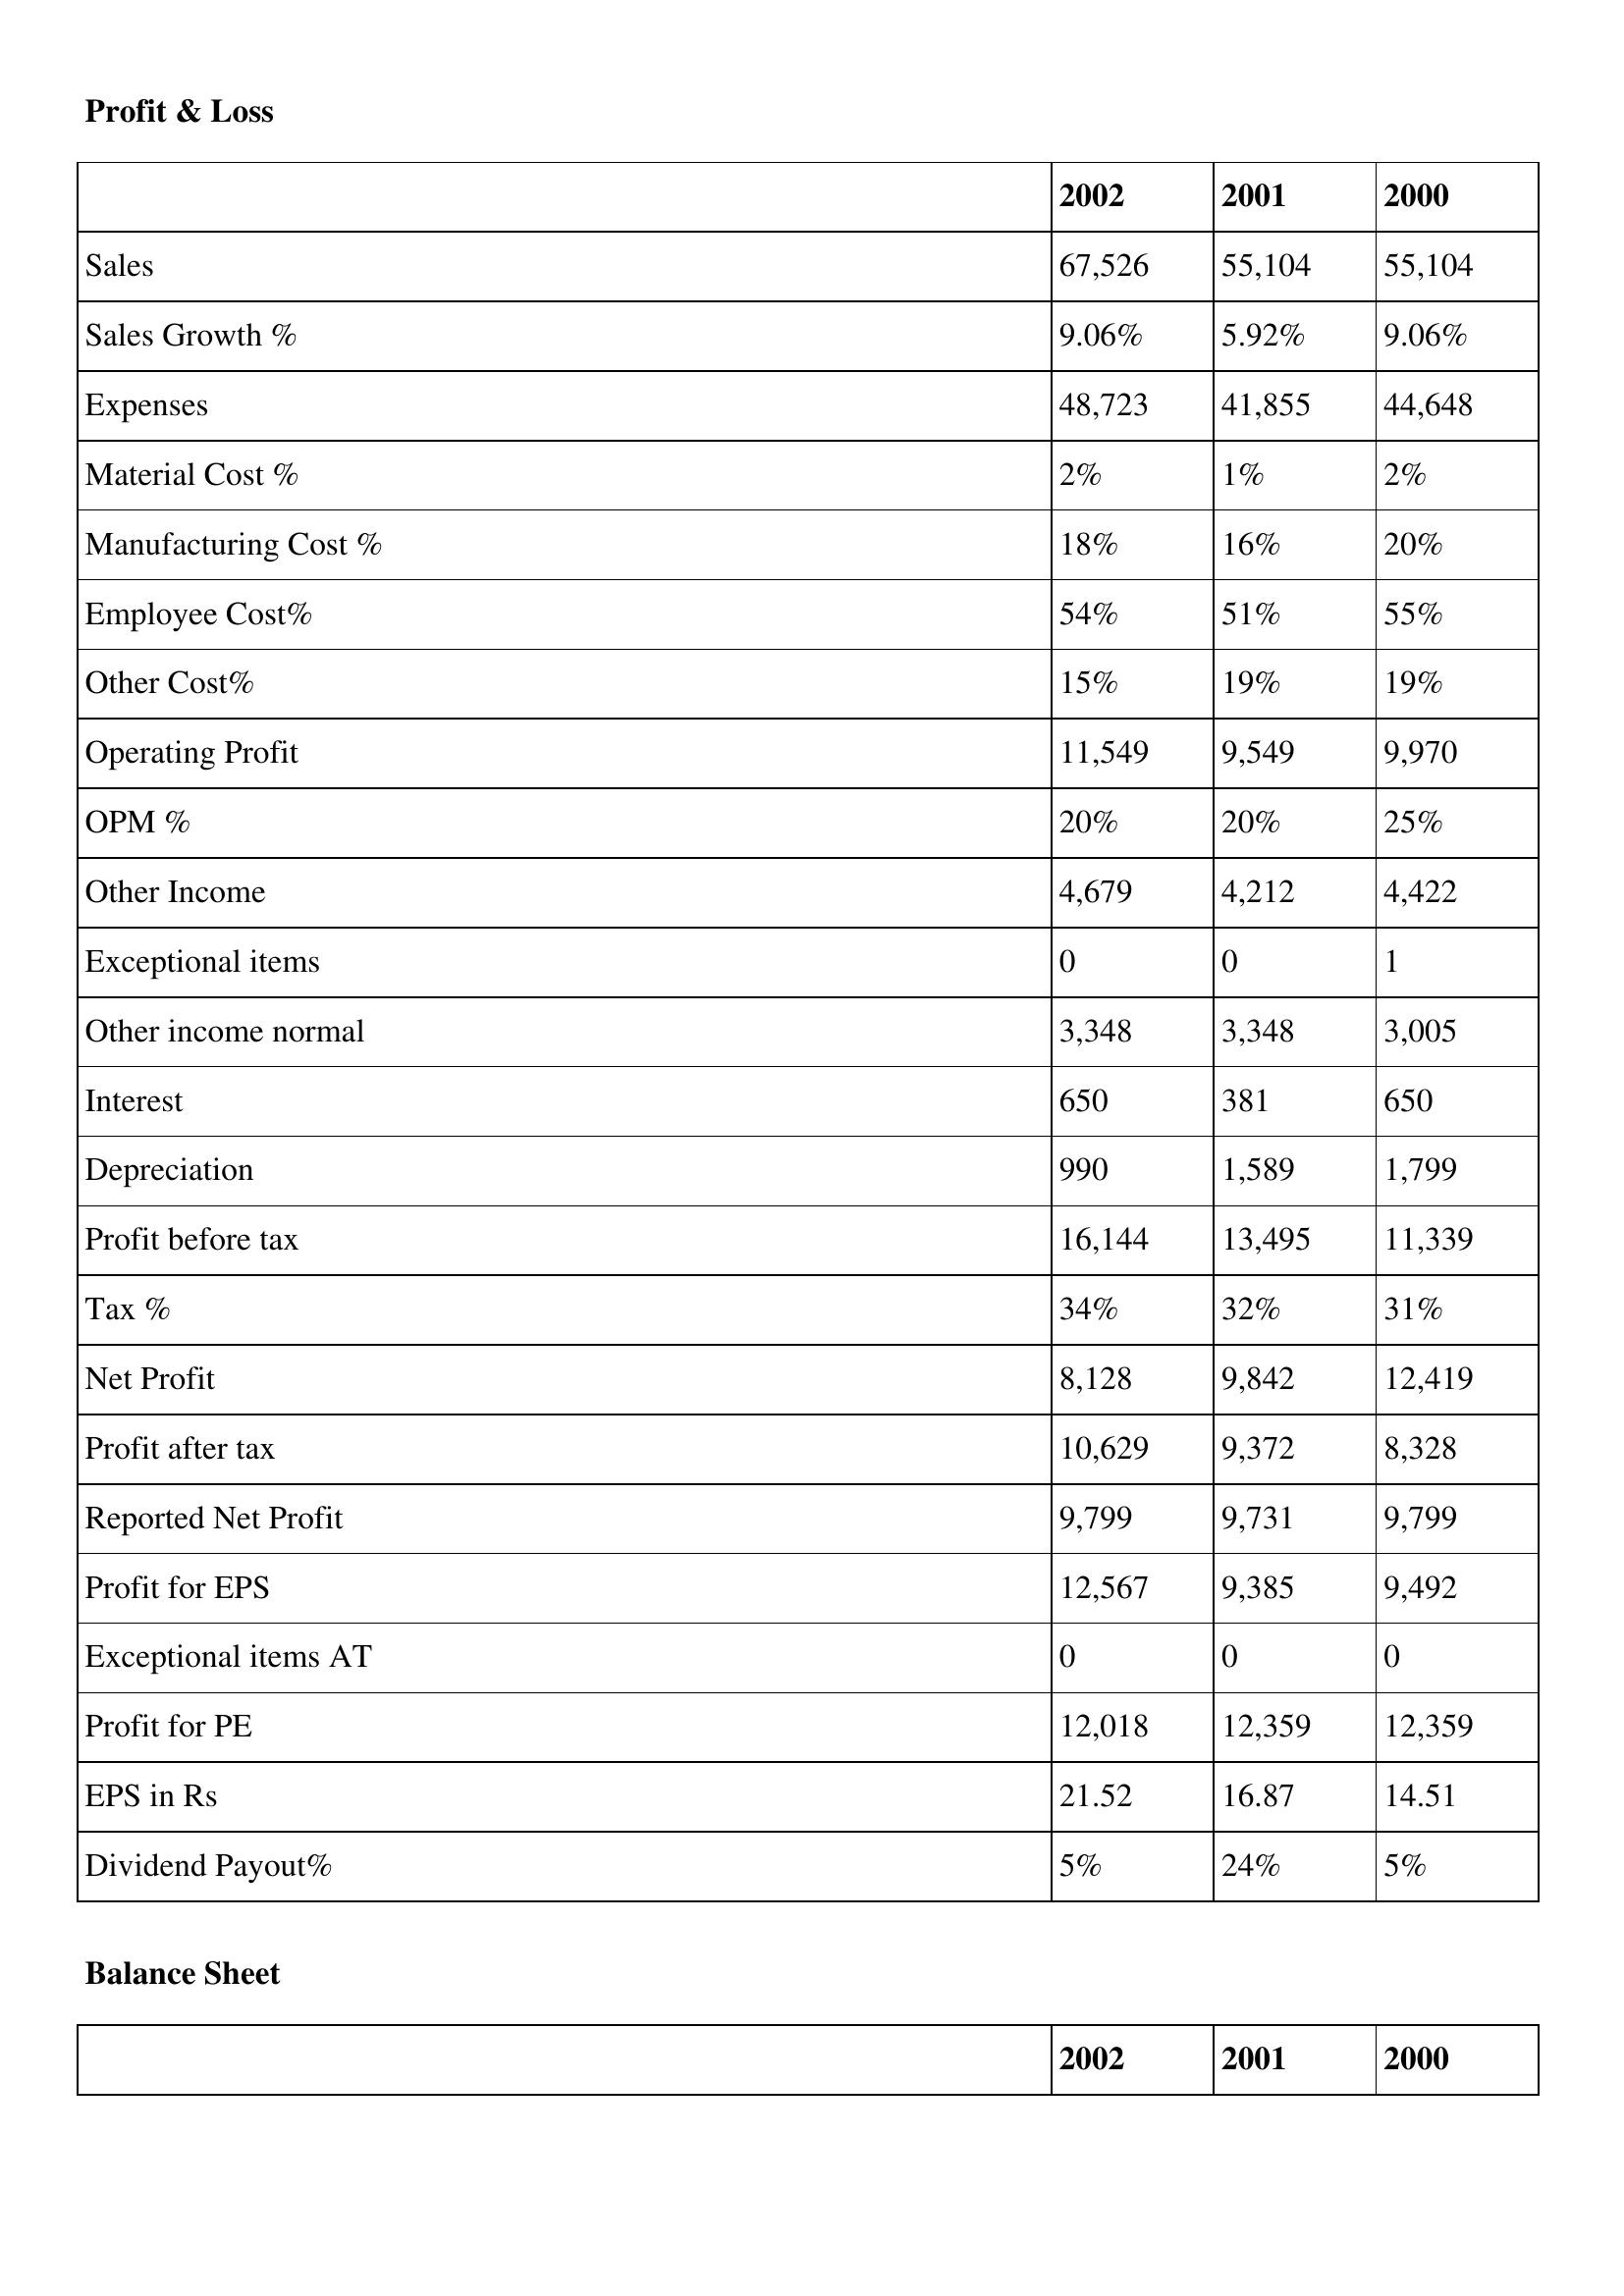
gt_parse: 2002: Profit & Loss: Sales: 67,526
Sales Growth %: 9.06%
Expenses: 48,723
Material Cost %: 2%
Manufacturing Cost %: 18%
Employee Cost%: 54%
Other Cost%: 15%
Operating Profit: 11,549
OPM %: 20%
Other Income: 4,679
Exceptional items: 0
Other income normal: 3,348
Interest: 650
Depreciation: 990
Profit before tax: 16,144
Tax %: 34%
Net Profit: 8,128
Profit after tax: 10,629
Reported Net Profit: 9,799
Profit for EPS: 12,567
Exceptional items AT: 0
Profit for PE: 12,018
EPS in Rs: 21.52
Dividend Payout%: 5%
2001: Profit & Loss: Sales: 55,104
Sales Growth %: 5.92%
Expenses: 41,855
Material Cost %: 1%
Manufacturing Cost %: 16%
Employee Cost%: 51%
Other Cost%: 19%
Operating Profit: 9,549
OPM %: 20%
Other Income: 4,212
Exceptional items: 0
Other income normal: 3,348
Interest: 381
Depreciation: 1,589
Profit before tax: 13,495
Tax %: 32%
Net Profit: 9,842
Profit after tax: 9,372
Reported Net Profit: 9,731
Profit for EPS: 9,385
Exceptional items AT: 0
Profit for PE: 12,359
EPS in Rs: 16.87
Dividend Payout%: 24%
2000: Profit & Loss: Sales: 55,104
Sales Growth %: 9.06%
Expenses: 44,648
Material Cost %: 2%
Manufacturing Cost %: 20%
Employee Cost%: 55%
Other Cost%: 19%
Operating Profit: 9,970
OPM %: 25%
Other Income: 4,422
Exceptional items: 1
Other income normal: 3,005
Interest: 650
Depreciation: 1,799
Profit before tax: 11,339
Tax %: 31%
Net Profit: 12,419
Profit after tax: 8,328
Reported Net Profit: 9,799
Profit for EPS: 9,492
Exceptional items AT: 0
Profit for PE: 12,359
EPS in Rs: 14.51
Dividend Payout%: 5%